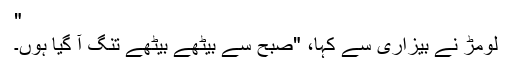
"
لومڑ نے بیزاری سے کہا، "صبح سے بیٹھے بیٹھے تنگ آ گیا ہوں۔